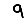
Digit: 9